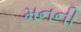
મનની